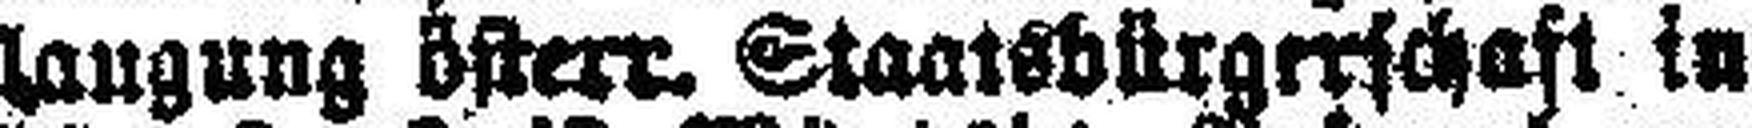
langung österr. Staatsbürgerschaft in